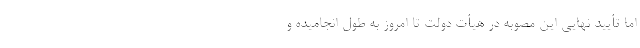
اما تأیید نهایی این مصوبه در هیأت دولت تا امروز به طول انجامیده و